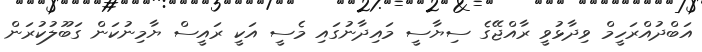
އަބްދުއްރަހީމް ވިދާޅުވީ ރާއްޖޭގެ ސިޔާސީ މައިދާނުގައި މެސީ އަކީ ރައީސް ޔާމިނުކަން ގަބޫލުކުރަން